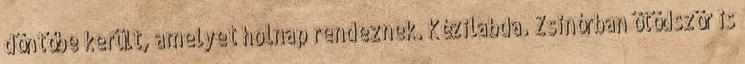
döntőbe került, amelyet holnap rendeznek. Kézilabda. Zsinórban ötödször is